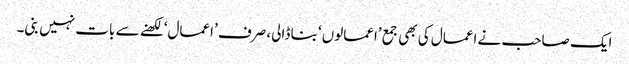
ایک صاحب نے اعمال کی بھی جمع ’اعمالوں‘ بنا ڈالی، صرف ’اعمال‘ لکھنے سے بات نہیں بنی۔